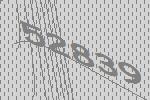
52839